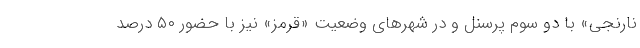
نارنجی» با دو سوم پرسنل و در شهرهای وضعیت «قرمز» نیز با حضور ۵۰ درصد